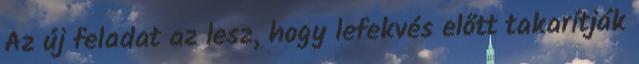
Az új feladat az lesz, hogy lefekvés előtt takarítják